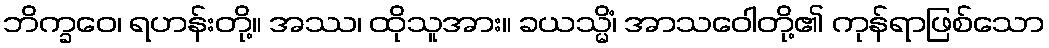
ဘိက္ခဝေ၊ ရဟန်းတို့။ အဿ၊ ထိုသူအား။ ခယသ္မိံ၊ အာသဝေါတို့၏ ကုန်ရာဖြစ်သော